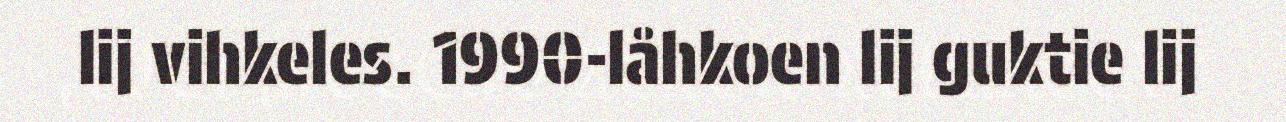
lij vihkeles. 1990-låhkoen lij guktie lij